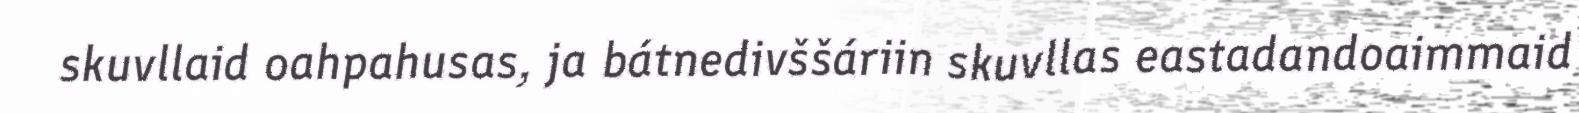
skuvllaid oahpahusas, ja bátnedivššáriin skuvllas eastadandoaimmaid